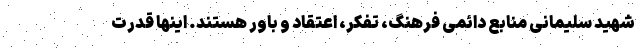
شهید سلیمانی منابع دائمی فرهنگ، تفکر، اعتقاد و باور هستند. اینها قدرت